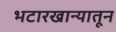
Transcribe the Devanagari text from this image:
भटारखान्यातून